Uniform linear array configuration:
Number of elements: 64
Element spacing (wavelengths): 0.5
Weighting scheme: cosine
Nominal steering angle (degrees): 0
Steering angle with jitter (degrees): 0.4762
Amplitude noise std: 0.05
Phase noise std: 0.05

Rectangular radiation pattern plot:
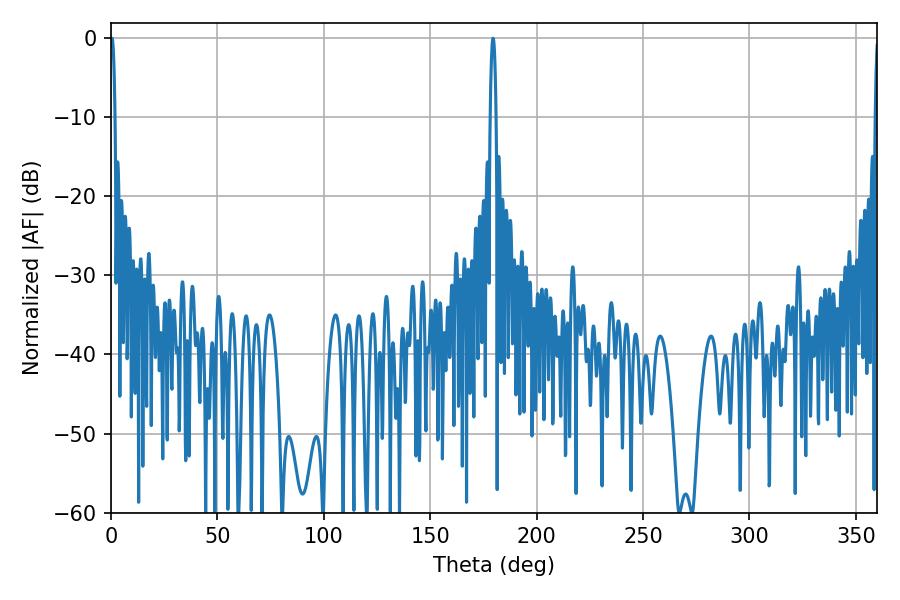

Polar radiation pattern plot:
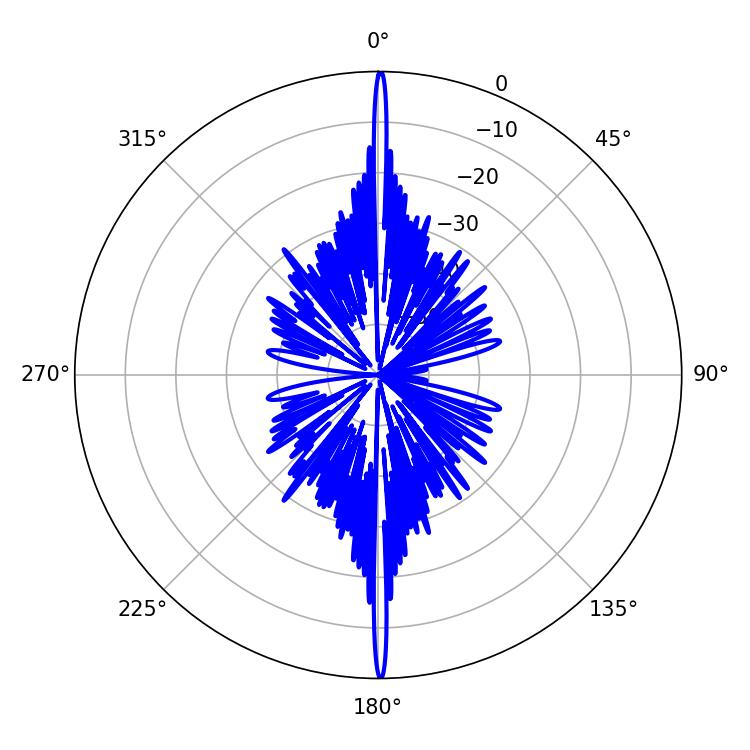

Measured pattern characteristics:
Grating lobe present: FALSE
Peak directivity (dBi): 36.063
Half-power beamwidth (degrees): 1.62
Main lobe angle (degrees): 179.46